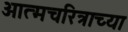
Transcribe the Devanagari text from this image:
आत्मचरित्राच्या